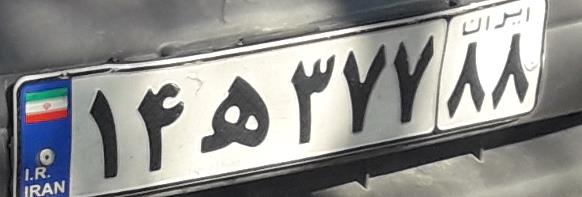
۱۴ه۳۷۷۸۸